Leaving Certificate Examination (including Day School Certificate (Higher) General paper), 1933
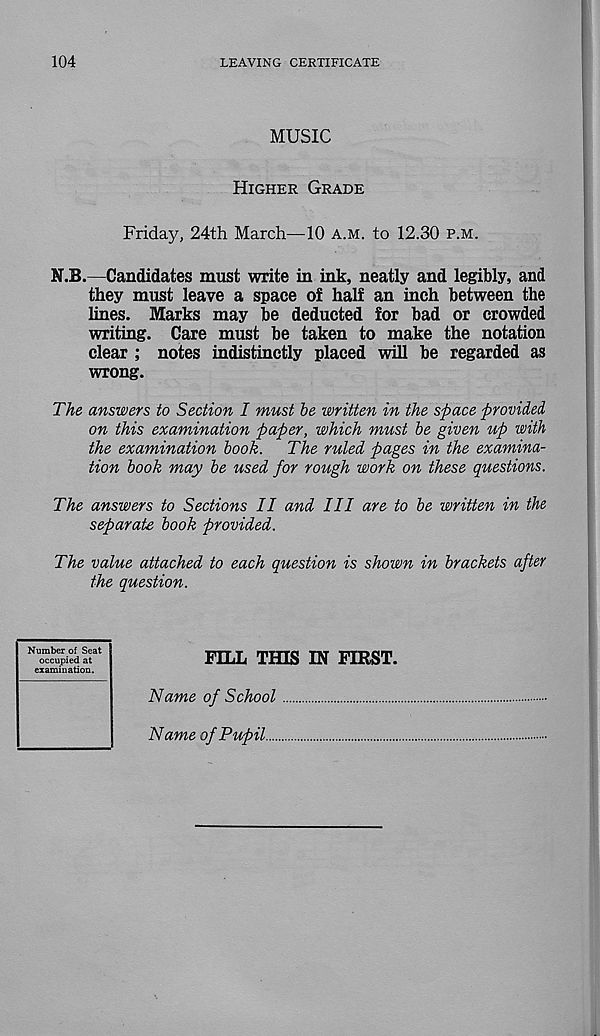
104
LEAVING CERTIFICATE
MUSIC
Higher Grade
Friday, 24th March—10 a.m. to 12.30 p.m.
N.B.—Candidates must write in ink, neatly and legibly, and
they must leave a space of half an inch between the
lines. Marks may be deducted for bad or crowded
writing. Care must be taken to make the notation
clear ; notes indistinctly placed will be regarded as
wrong.
T/ie answers to Section I must be written in the space provided,
on this examination paper, which must be given up with
the examination book.
The ruled pages in the examina-
tion book may be used for rough work on these questions.
The answers to Sections II and III are to be written in the
separate book provided.
The value attached to each question is shown in brackets after
the question.
Number of Seat
occupied at
examination.
FILL THIS IN FIRST.
Name of School
Name of Pupil....